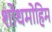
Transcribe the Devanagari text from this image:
शोधमोहिम